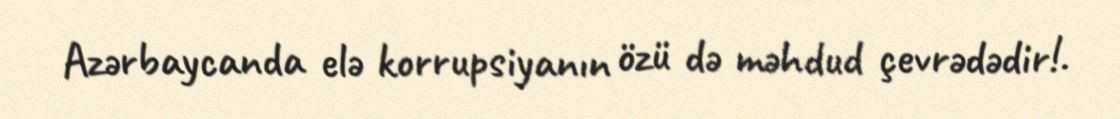
Azərbaycanda elə korrupsiyanın özü də məhdud çevrədədir!.